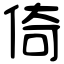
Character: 倚